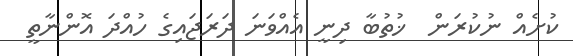
ކުށެއް ނުކުރަން  ޚުތުބާ ދިނީ އެއްވަނަ ދަރަޖައިގެ ހުއްދަ އޮންނާތީ